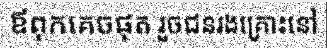
ឪពុកគេចផុត រួចជនរងគ្រោះនៅ